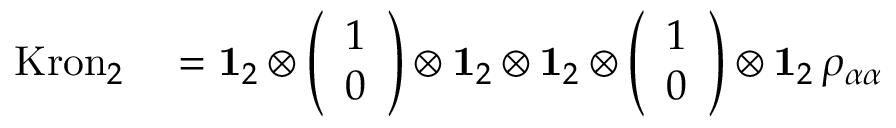
\begin{array} { r l } { \mathrm { K r o n } _ { 2 } } & { { } = \mathbf { 1 } _ { 2 } \otimes \left( \begin{array} { l } { 1 } \\ { 0 } \end{array} \right) \otimes \mathbf { 1 } _ { 2 } \otimes \mathbf { 1 } _ { 2 } \otimes \left( \begin{array} { l } { 1 } \\ { 0 } \end{array} \right) \otimes \mathbf { 1 } _ { 2 } \, \rho _ { \alpha \alpha } } \end{array}